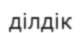
ділдік